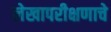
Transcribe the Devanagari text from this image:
लेखापरीक्षणाचे